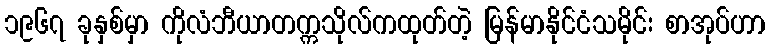
၁၉၆၇ ခုနှစ်မှာ ကိုလံဘီယာတက္ကသိုလ်ကထုတ်တဲ့ မြန်မာနိုင်ငံသမိုင်း စာအုပ်ဟာ